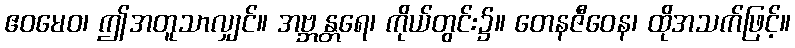
ဧဝမေဝ၊ ဤအတူသာလျှင်။ အဗ္ဘန္တရေ၊ ကိုယ်တွင်း၌။ တေနဇီဝေန၊ ထိုအသက်ဖြင့်။